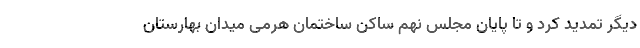
دیگر تمدید کرد و تا پایان مجلس نهم ساکن ساختمان هرمی میدان بهارستان